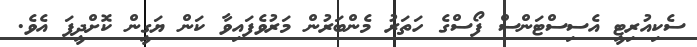
ސެކިއުރިޓީ އެސިސްޓަންސް ފޯސްގެ ހަތަރު މެންބަރުން މަރުވެފައިވާ ކަން ޔަގީން ކޮށްދީފަ އެވެ.